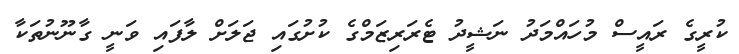
ކުރީގެ ރައީސް މުހައްމަދު ނަޝީދު ޓެރަރިޒަމްގެ ކުށުގައި ޖަލަށް ލާފައި ވަނީ ގާނޫނުތަކާ